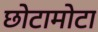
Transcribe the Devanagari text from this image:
छोटामोटा